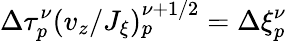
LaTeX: \Delta\tau_{p}^{\nu}({v_{z}}/J_{\xi})_{p}^{\nu+1/2}=\Delta\xi_{p}^{\nu}